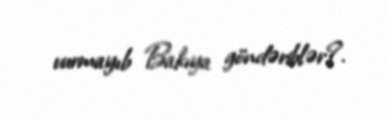
vurmayıb Bakıya göndəriblər?.